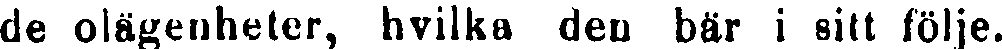
de olägenheter, hvilka den bär i sitt följe.